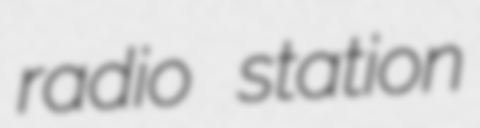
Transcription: radio station